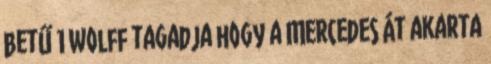
betű 1 Wolff tagadja hogy a Mercedes át akarta